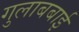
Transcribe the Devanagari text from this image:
गुलाबबाई